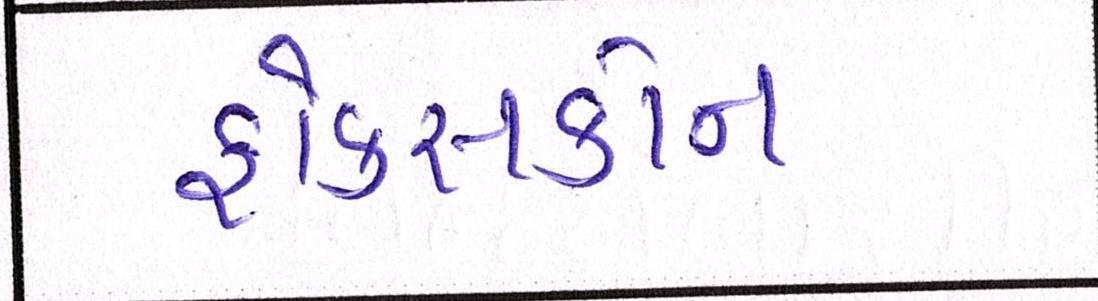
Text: ફોક્સકોન